Indian journal of veterinary science and animal husbandry - Volume 9,
Year: 1939
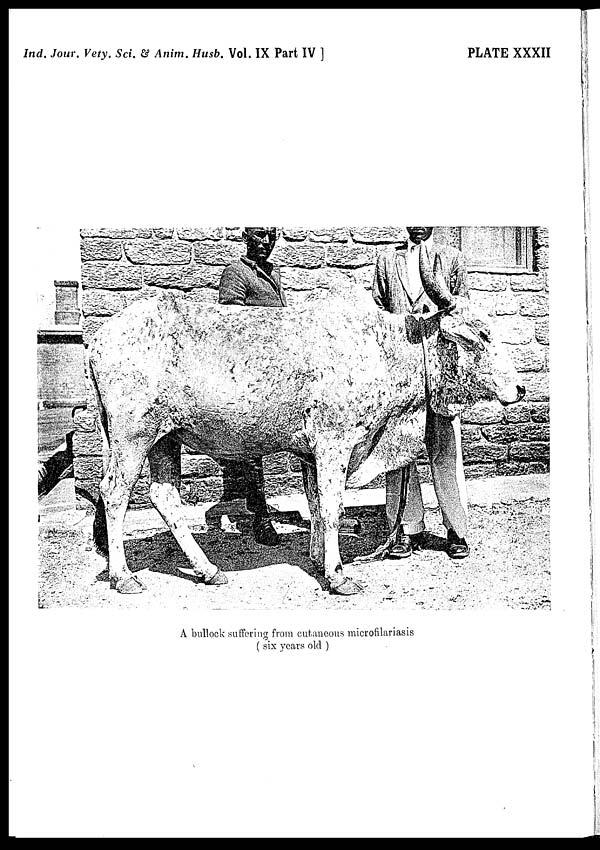
Ind. Jour. Vety. Sci. & Anim. Husb. Vol. IX Part IV ]
PLATE XXXII
A bullock suffering from cutaneous microfilariasis
( six years old )